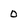
Character: 0